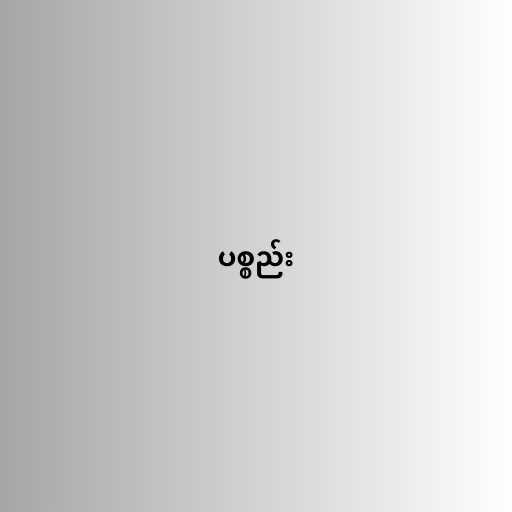
ပစ္စည်း